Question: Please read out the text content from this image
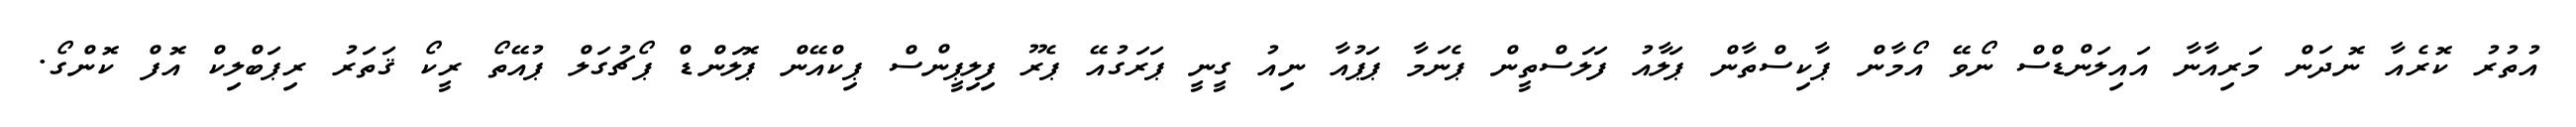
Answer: އުތުރު ކޮރެއާ ނޮދަން މަރިއާނާ އައިލަންޑްސް ނޯވޭ އޯމާން ޕާކިސްތާން ޕަލާއު ފަލަސްތީން ޕެނަމާ ޕަޕުއާ ނިއު ގީނީ ޕަރަގުއޭ ޕެރޫ ފިލިޕީންސް ޕިކްއޭން ޕޮލަންޑް ޕޯޗުގަލް ޕުއޭތޯ ރީކޯ ޤަތަރު ރިޕަބްލިކް އޮފް ކޮންގޯ.